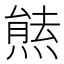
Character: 㷱